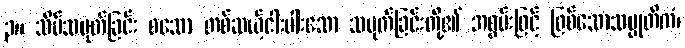
၃။ သိမ်သမုတ်ခြင်း စသော တစ်ဆယ့်ငါးပါးသော သမုတ်ခြင်းတို့၏ အစွမ်းဖြင့် ဖြစ်သောသမ္မုတိကံ၊